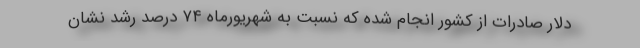
دلار صادرات از کشور انجام شده که نسبت به شهریورماه ۷۴ درصد رشد نشان